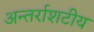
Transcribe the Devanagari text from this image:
अन्तर्राशटीय